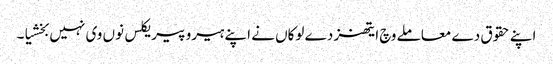
اپنے حقوق دے معاملے وچ ایتھنز دے لوکاں نے اپنے ہیرو پیریکلس نوں وی نہیں بخشیا۔